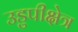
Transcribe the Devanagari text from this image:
उडुपीक्षेत्र